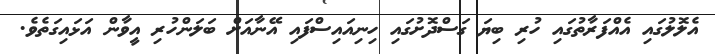
އެލޮލުގައި އެއްފަރާތުގައި ހުރި ބިޔަ ގަސްދޮށުގައި ހިނިއައިސްފައި އޭނާއަށް ބަލަންހުރި އީވާން އަޅައިގަތެވެ.